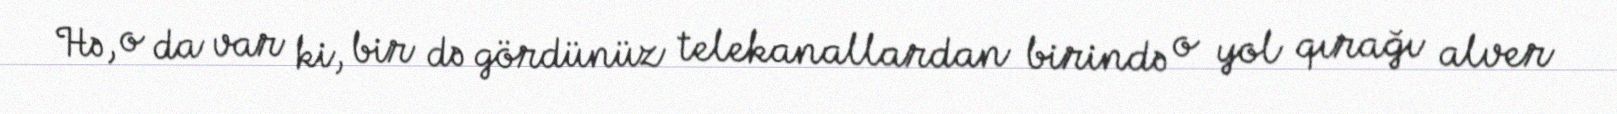
Hə, o da var ki, bir də gördünüz telekanallardan birində o yol qırağı alver